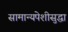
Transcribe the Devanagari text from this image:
सामान्यपेशीसुद्धा